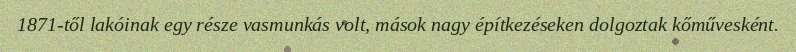
1871-től lakóinak egy része vasmunkás volt, mások nagy építkezéseken dolgoztak kőművesként.